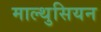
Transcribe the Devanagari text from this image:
माल्थुसियन